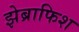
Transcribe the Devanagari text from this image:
झेब्राफिश